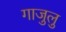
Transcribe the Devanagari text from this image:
गाजुलु